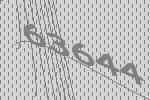
63644